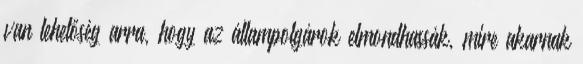
van lehetőség arra, hogy az állampolgárok elmondhassák, mire akarnak